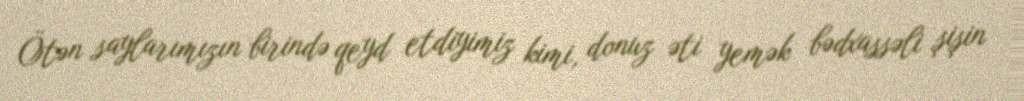
Ötən saylarımızın birində qeyd etdiyimiz kimi, donuz əti yemək bədxassəli şişin